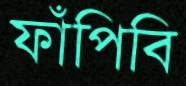
ফাঁপিবি